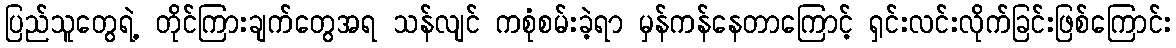
ပြည်သူတွေရဲ့ တိုင်ကြားချက်တွေအရ သန်လျင် ကစုံစမ်းခဲ့ရာ မှန်ကန်နေတာကြောင့် ရှင်းလင်းလိုက်ခြင်းဖြစ်ကြောင်း